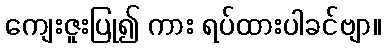
ကျေးဇူးပြု၍ ကား ရပ်ထားပါခင်ဗျာ။